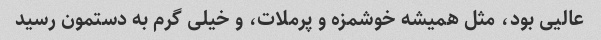
عالیی بود، مثل همیشه خوشمزه و پرملات، و خیلی گرم به دستمون رسید